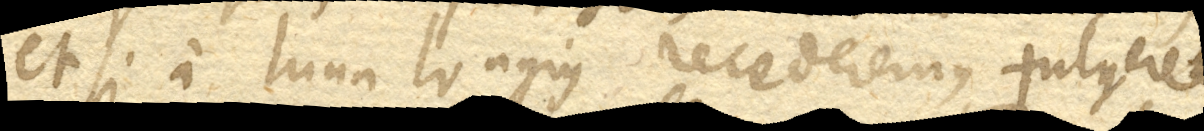
et si a luna longius recederemus, fulgeret